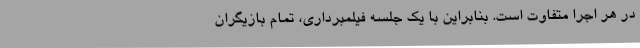
در هر اجرا متفاوت است. بنابراین با یک جلسه فیلمبرداری، تمام بازیگران